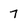
Character: 7